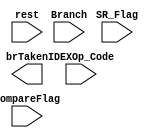
module BranchTaken(rest , IDEXOp_Code , CompareFlag , SR_Flag , Branch , brTaken);
	input rest , CompareFlag , SR_Flag , Branch; 
	input [3:0] IDEXOp_Code ;
	output brTaken ;

	reg brTaken_register ;
	assign brTaken = brTaken ;
	initial begin
		brTaken_register <= 0 ;
	end
	always @(rest or CompareFlag or SR_Flag or IDEXOp_Code) begin 
		if (rest) begin 
			brTaken_register <= 0 ;
		end else begin 
			if (IDEXOp_Code == 4'b1101) begin 
				if(Branch && !CompareFlag)
					brTaken_register <=1 ;
				else
					brTaken_register <= 0 ;
			end else begin 
				if(Branch && !SR_Flag)
					brTaken_register <=1 ;
				else
					brTaken_register <= 0 ;
			end
		end 
	end 
endmodule